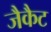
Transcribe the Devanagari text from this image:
जैकैट